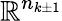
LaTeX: \mathbb{R}^{n_{k\pm 1}}